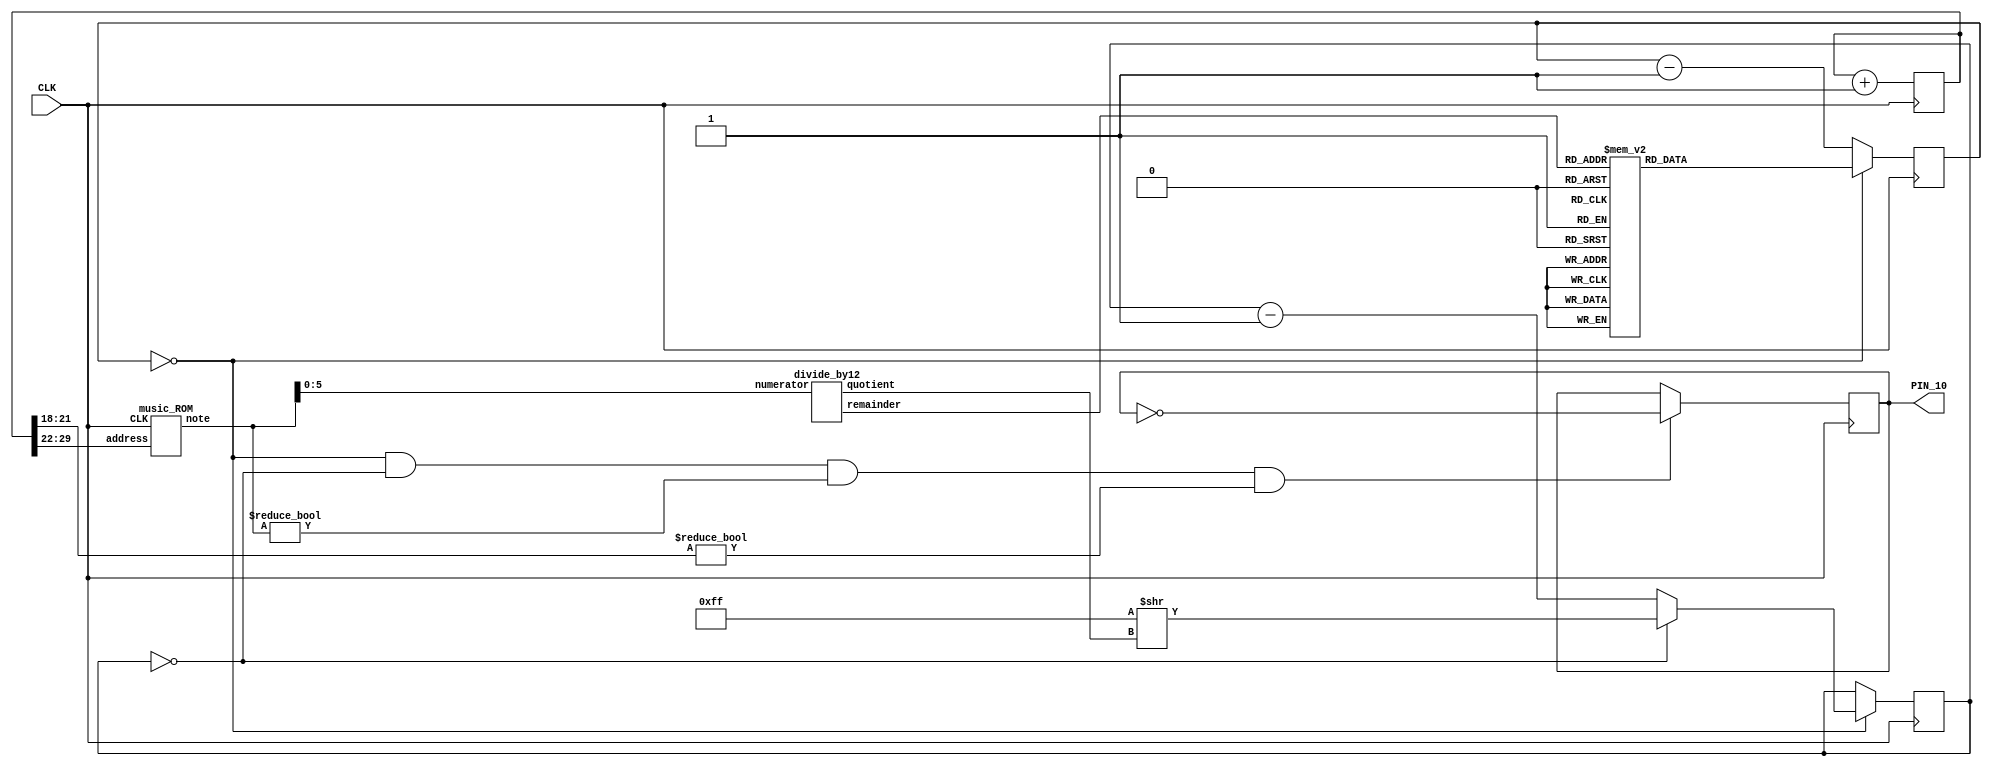
// Music demo verilog file
// (c) fpga4fun.com 2003-2015

// Plays a little tune on a speaker
// Use a 25MHz clock if possible (other frequencies will
// change the pitch/speed of the song)

/////////////////////////////////////////////////////
module music(
	input CLK,
	output reg PIN_10
);

reg [30:0] tone;
always @(posedge CLK) tone <= tone+31'd1;

wire [7:0] fullnote;
music_ROM get_fullnote(.CLK(CLK), .address(tone[29:22]), .note(fullnote));

wire [2:0] octave;
wire [3:0] note;
divide_by12 get_octave_and_note(.numerator(fullnote[5:0]), .quotient(octave), .remainder(note));

reg [8:0] clkdivider;
always @*
case(note)
	 0: clkdivider = 9'd511;//A
	 1: clkdivider = 9'd482;// A#/Bb
	 2: clkdivider = 9'd455;//B
	 3: clkdivider = 9'd430;//C
	 4: clkdivider = 9'd405;// C#/Db
	 5: clkdivider = 9'd383;//D
	 6: clkdivider = 9'd361;// D#/Eb
	 7: clkdivider = 9'd341;//E
	 8: clkdivider = 9'd322;//F
	 9: clkdivider = 9'd303;// F#/Gb
	10: clkdivider = 9'd286;//G
	11: clkdivider = 9'd270;// G#/Ab
	default: clkdivider = 9'd0;
endcase

reg [8:0] counter_note;
reg [7:0] counter_octave;
always @(posedge CLK) counter_note <= counter_note==0 ? clkdivider : counter_note-9'd1;
always @(posedge CLK) if(counter_note==0) counter_octave <= counter_octave==0 ? 8'd255 >> octave : counter_octave-8'd1;
always @(posedge CLK) if(counter_note==0 && counter_octave==0 && fullnote!=0 && tone[21:18]!=0) PIN_10 <= ~PIN_10;
endmodule


/////////////////////////////////////////////////////
module divide_by12(
	input [5:0] numerator,  // value to be divided by 12
	output reg [2:0] quotient,
	output [3:0] remainder
);

reg [1:0] remainder3to2;
always @(numerator[5:2])
case(numerator[5:2])
	 0: begin quotient=0; remainder3to2=0; end
	 1: begin quotient=0; remainder3to2=1; end
	 2: begin quotient=0; remainder3to2=2; end
	 3: begin quotient=1; remainder3to2=0; end
	 4: begin quotient=1; remainder3to2=1; end
	 5: begin quotient=1; remainder3to2=2; end
	 6: begin quotient=2; remainder3to2=0; end
	 7: begin quotient=2; remainder3to2=1; end
	 8: begin quotient=2; remainder3to2=2; end
	 9: begin quotient=3; remainder3to2=0; end
	10: begin quotient=3; remainder3to2=1; end
	11: begin quotient=3; remainder3to2=2; end
	12: begin quotient=4; remainder3to2=0; end
	13: begin quotient=4; remainder3to2=1; end
	14: begin quotient=4; remainder3to2=2; end
	15: begin quotient=5; remainder3to2=0; end
endcase

assign remainder[1:0] = numerator[1:0];  // the first 2 bits are copied through
assign remainder[3:2] = remainder3to2;  // and the last 2 bits come from the case statement
endmodule
/////////////////////////////////////////////////////


module music_ROM(
	input CLK,
	input [7:0] address,
	output reg [7:0] note
);

always @(posedge CLK)
case(address)
	  0: note<= 8'd25;
	  1: note<= 8'd27;
	  2: note<= 8'd27;
	  3: note<= 8'd25;
	  4: note<= 8'd22;
	  5: note<= 8'd22;
	  6: note<= 8'd30;
	  7: note<= 8'd30;
	  8: note<= 8'd27;
	  9: note<= 8'd27;
	 10: note<= 8'd25;
	 11: note<= 8'd25;
	 12: note<= 8'd25;
	 13: note<= 8'd25;
	 14: note<= 8'd25;
	 15: note<= 8'd25;
	 16: note<= 8'd25;
	 17: note<= 8'd27;
	 18: note<= 8'd25;
	 19: note<= 8'd27;
	 20: note<= 8'd25;
	 21: note<= 8'd25;
	 22: note<= 8'd30;
	 23: note<= 8'd30;
	 24: note<= 8'd29;
	 25: note<= 8'd29;
	 26: note<= 8'd29;
	 27: note<= 8'd29;
	 28: note<= 8'd29;
	 29: note<= 8'd29;
	 30: note<= 8'd29;
	 31: note<= 8'd29;
	 32: note<= 8'd23;
	 33: note<= 8'd25;
	 34: note<= 8'd25;
	 35: note<= 8'd23;
	 36: note<= 8'd20;
	 37: note<= 8'd20;
	 38: note<= 8'd29;
	 39: note<= 8'd29;
	 40: note<= 8'd27;
	 41: note<= 8'd27;
	 42: note<= 8'd25;
	 43: note<= 8'd25;
	 44: note<= 8'd25;
	 45: note<= 8'd25;
	 46: note<= 8'd25;
	 47: note<= 8'd25;
	 48: note<= 8'd25;
	 49: note<= 8'd27;
	 50: note<= 8'd25;
	 51: note<= 8'd27;
	 52: note<= 8'd25;
	 53: note<= 8'd25;
	 54: note<= 8'd27;
	 55: note<= 8'd27;
	 56: note<= 8'd22;
	 57: note<= 8'd22;
	 58: note<= 8'd22;
	 59: note<= 8'd22;
	 60: note<= 8'd22;
	 61: note<= 8'd22;
	 62: note<= 8'd22;
	 63: note<= 8'd22;
	 64: note<= 8'd25;
	 65: note<= 8'd27;
	 66: note<= 8'd27;
	 67: note<= 8'd25;
	 68: note<= 8'd22;
	 69: note<= 8'd22;
	 70: note<= 8'd30;
	 71: note<= 8'd30;
	 72: note<= 8'd27;
	 73: note<= 8'd27;
	 74: note<= 8'd25;
	 75: note<= 8'd25;
	 76: note<= 8'd25;
	 77: note<= 8'd25;
	 78: note<= 8'd25;
	 79: note<= 8'd25;
	 80: note<= 8'd25;
	 81: note<= 8'd27;
	 82: note<= 8'd25;
	 83: note<= 8'd27;
	 84: note<= 8'd25;
	 85: note<= 8'd25;
	 86: note<= 8'd30;
	 87: note<= 8'd30;
	 88: note<= 8'd29;
	 89: note<= 8'd29;
	 90: note<= 8'd29;
	 91: note<= 8'd29;
	 92: note<= 8'd29;
	 93: note<= 8'd29;
	 94: note<= 8'd29;
	 95: note<= 8'd29;
	 96: note<= 8'd23;
	 97: note<= 8'd25;
	 98: note<= 8'd25;
	 99: note<= 8'd23;
	100: note<= 8'd20;
	101: note<= 8'd20;
	102: note<= 8'd29;
	103: note<= 8'd29;
	104: note<= 8'd27;
	105: note<= 8'd27;
	106: note<= 8'd25;
	107: note<= 8'd25;
	108: note<= 8'd25;
	109: note<= 8'd25;
	110: note<= 8'd25;
	111: note<= 8'd25;
	112: note<= 8'd25;
	113: note<= 8'd27;
	114: note<= 8'd25;
	115: note<= 8'd27;
	116: note<= 8'd25;
	117: note<= 8'd25;
	118: note<= 8'd32;
	119: note<= 8'd32;
	120: note<= 8'd30;
	121: note<= 8'd30;
	122: note<= 8'd30;
	123: note<= 8'd30;
	124: note<= 8'd30;
	125: note<= 8'd30;
	126: note<= 8'd30;
	127: note<= 8'd30;
	128: note<= 8'd27;
	129: note<= 8'd27;
	130: note<= 8'd27;
	131: note<= 8'd27;
	132: note<= 8'd30;
	133: note<= 8'd30;
	134: note<= 8'd30;
	135: note<= 8'd27;
	136: note<= 8'd25;
	137: note<= 8'd25;
	138: note<= 8'd22;
	139: note<= 8'd22;
	140: note<= 8'd25;
	141: note<= 8'd25;
	142: note<= 8'd25;
	143: note<= 8'd25;
	144: note<= 8'd23;
	145: note<= 8'd23;
	146: note<= 8'd27;
	147: note<= 8'd27;
	148: note<= 8'd25;
	149: note<= 8'd25;
	150: note<= 8'd23;
	151: note<= 8'd23;
	152: note<= 8'd22;
	153: note<= 8'd22;
	154: note<= 8'd22;
	155: note<= 8'd22;
	156: note<= 8'd22;
	157: note<= 8'd22;
	158: note<= 8'd22;
	159: note<= 8'd22;
	160: note<= 8'd20;
	161: note<= 8'd20;
	162: note<= 8'd22;
	163: note<= 8'd22;
	164: note<= 8'd25;
	165: note<= 8'd25;
	166: note<= 8'd27;
	167: note<= 8'd27;
	168: note<= 8'd29;
	169: note<= 8'd29;
	170: note<= 8'd29;
	171: note<= 8'd29;
	172: note<= 8'd29;
	173: note<= 8'd29;
	174: note<= 8'd29;
	175: note<= 8'd29;
	176: note<= 8'd30;
	177: note<= 8'd30;
	178: note<= 8'd30;
	179: note<= 8'd30;
	180: note<= 8'd29;
	181: note<= 8'd29;
	182: note<= 8'd27;
	183: note<= 8'd27;
	184: note<= 8'd25;
	185: note<= 8'd25;
	186: note<= 8'd23;
	187: note<= 8'd20;
	188: note<= 8'd20;
	189: note<= 8'd20;
	190: note<= 8'd20;
	191: note<= 8'd20;
	192: note<= 8'd25;
	193: note<= 8'd27;
	194: note<= 8'd27;
	195: note<= 8'd25;
	196: note<= 8'd22;
	197: note<= 8'd22;
	198: note<= 8'd30;
	199: note<= 8'd30;
	200: note<= 8'd27;
	201: note<= 8'd27;
	202: note<= 8'd25;
	203: note<= 8'd25;
	204: note<= 8'd25;
	205: note<= 8'd25;
	206: note<= 8'd25;
	207: note<= 8'd25;
	208: note<= 8'd25;
	209: note<= 8'd27;
	210: note<= 8'd25;
	211: note<= 8'd27;
	212: note<= 8'd25;
	213: note<= 8'd25;
	214: note<= 8'd30;
	215: note<= 8'd30;
	216: note<= 8'd29;
	217: note<= 8'd29;
	218: note<= 8'd29;
	219: note<= 8'd29;
	220: note<= 8'd29;
	221: note<= 8'd29;
	222: note<= 8'd29;
	223: note<= 8'd29;
	224: note<= 8'd23;
	225: note<= 8'd25;
	226: note<= 8'd25;
	227: note<= 8'd23;
	228: note<= 8'd20;
	229: note<= 8'd20;
	230: note<= 8'd29;
	231: note<= 8'd29;
	232: note<= 8'd27;
	233: note<= 8'd27;
	234: note<= 8'd25;
	235: note<= 8'd25;
	236: note<= 8'd25;
	237: note<= 8'd25;
	238: note<= 8'd25;
	239: note<= 8'd25;
	240: note<= 8'd25;
	241: note<= 8'd0;
	242: note<= 8'd00;
	default: note <= 8'd0;
endcase
endmodule

/////////////////////////////////////////////////////